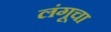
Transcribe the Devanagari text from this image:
लंगूचा